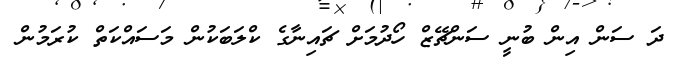
ދަ ސަން އިން ބުނީ ސަންޗޭޒް ހޯދުމަށް ޗައިނާގެ ކްލަބަކުން މަސައްކަތް ކުރަމުން